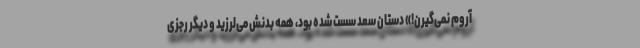
آروم نمی‌گیرن!» دستان سعد سُست شده بود، همه بدنش می‌لرزید و دیگر رجزی